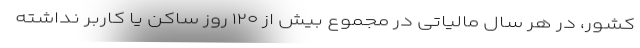
کشور، در هر سال مالیاتی در مجموع بیش از ۱۲۰ روز ساکن یا کاربر نداشته